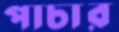
পাচার